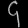
Digit: ၄